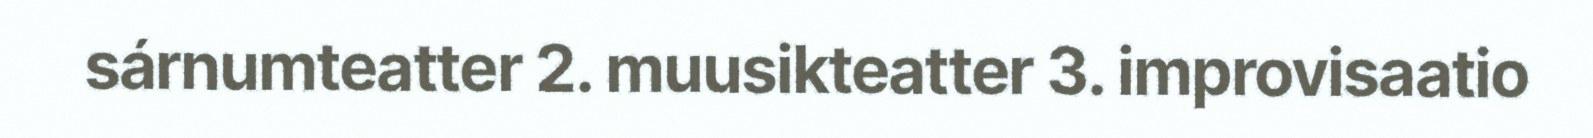
sárnumteatter 2. muusikteatter 3. improvisaatio